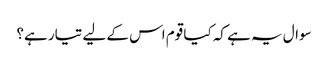
سوال یہ ہے کہ کیا قوم اس کے لیے تیار ہے؟